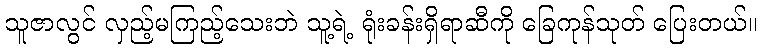
သူဇာလွင် လှည့်မကြည့်သေးဘဲ သူ့ရဲ့ ရုံးခန်းရှိရာဆီကို ခြေကုန်သုတ် ပြေးတယ်။